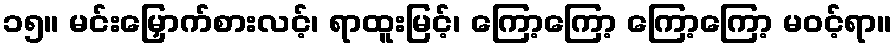
၁၅။ မင်းမြှောက်စားလင့်၊ ရာထူးမြင့်၊ ကြော့ကြော့ ကြော့ကြော့ မဝင့်ရာ။